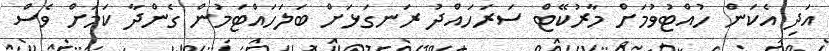
އަދި އެކަން ހުއްޓުވުމަށް މާރުކޭޓް ސަރަހައްދު ރަނގަޅަށް ބަލަހައްޓަމުން ގެންދާ ކަމަށް ވެސް